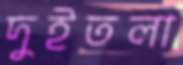
দুইতলা